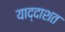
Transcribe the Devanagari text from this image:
याद्दाशत